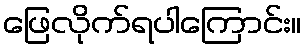
ဖြေလိုက်ရပါကြောင်း။